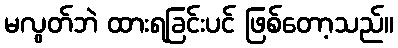
မလွတ်ဘဲ ထားရခြင်းပင် ဖြစ်တော့သည်။